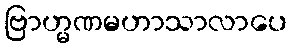
ဗြာဟ္မဏမဟာသာလာပေ